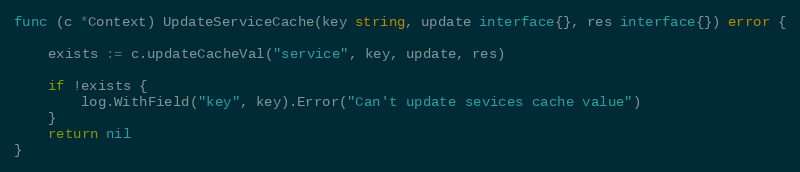
Language: Go
func (c *Context) UpdateServiceCache(key string, update interface{}, res interface{}) error {

	exists := c.updateCacheVal("service", key, update, res)

	if !exists {
		log.WithField("key", key).Error("Can't update sevices cache value")
	}
	return nil
}